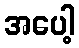
အပေါ့